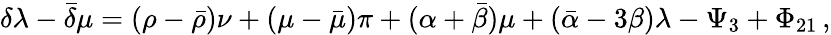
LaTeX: \delta\lambda-{\bar{\delta}}\mu=(\rho-{\bar{\rho}})\nu+(\mu-{\bar{\mu}})\pi+(\alpha+{\bar{\beta}})\mu+({\bar{\alpha}}-3\beta)\lambda-\Psi_{3}+\Phi_{21}\, ,